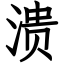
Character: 溃